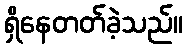
ရှိနေတတ်ခဲ့သည်။